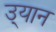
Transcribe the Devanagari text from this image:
उ्यान